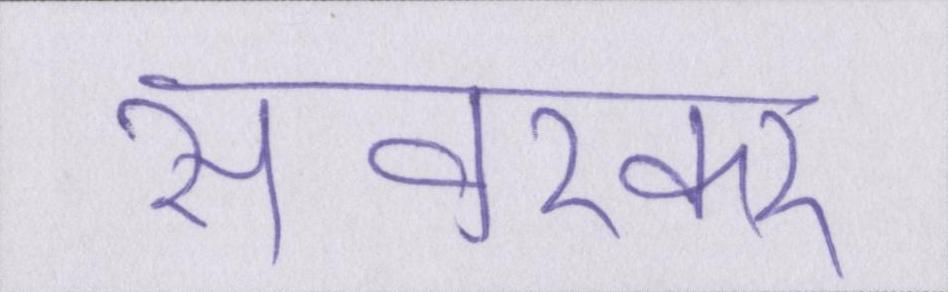
सावरकर